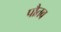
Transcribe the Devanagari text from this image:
पौतव